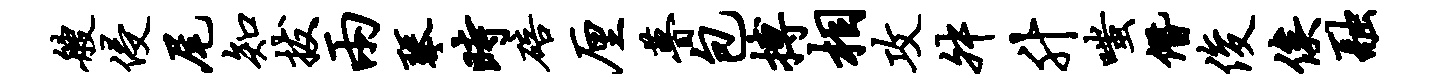
艘侵尾知拔两琴时碚厘瞢包搏相攻舛升嗤僭俊俟融